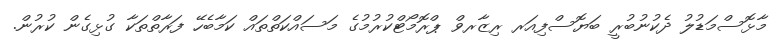
މާޅޮސްމަޑުލު ދެކުނުބުރީ ބަޔޮސްފިއަރ ރިޒާރވް ޕްރޮމޯޓްކުރުމުގެ މަސައްކަތްތައް ކަމާބެހޭ ފަރާތްތަކާ ގުޅިގެން ކުރުން.